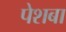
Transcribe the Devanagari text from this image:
पेशबा